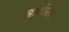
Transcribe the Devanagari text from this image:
सामंज्स्य